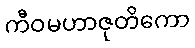
ကီဝမဟာဇုတိကော